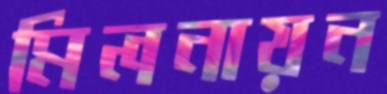
মিলনায়ন